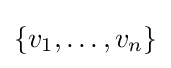
\{v_{1},\ldots ,v_{n}\}